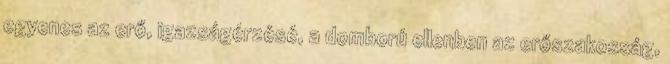
egyenes az erő, igazságérzésé, a domború ellenben az erőszakosság,